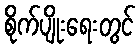
စိုက်ပျိုးရေးတွင်